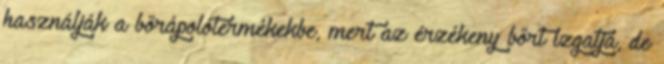
használják a bőrápolótermékekbe, mert az érzékeny bőrt izgatja, de